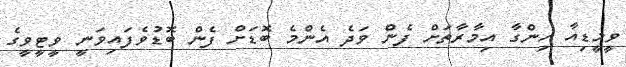
ވީމީޑިއާ ހިންގާ އިމާރާތަށް ފެން ވަދެ އެންމެ ބޮޑަށް ފެން ބޮޑުވެފައިވަނީ ވީޓީވީގެ